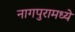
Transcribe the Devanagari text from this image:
नागपुरामध्ये